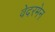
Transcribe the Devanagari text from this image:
वेदरमेन